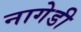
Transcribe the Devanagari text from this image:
नागेडी